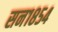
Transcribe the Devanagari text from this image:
सन१८५४